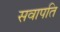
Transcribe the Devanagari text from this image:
सवापति